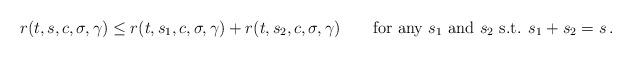
LaTeX: \begin{align*}r(t,s,c,\sigma,\gamma)\leq r(t,s_1,c,\sigma,\gamma)+r(t,s_2,c,\sigma,\gamma)\qquad\mbox{for any $s_1$ and $s_2$ s.t. $s_1+s_2=s$} \, .\end{align*}